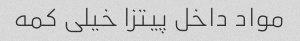
مواد داخل پیتزا خیلی کمه